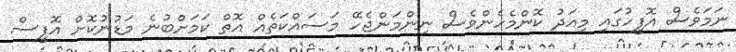
ނަމަވެސް އޮފީހުގައި މިއަދު ކޮންމެހެންވެސް ނިންމަންޖެހޭ މަސައްކަތެއް އޮތް ކަމަށްބުނެ މަޑުނުކޮށް އޮފީސް